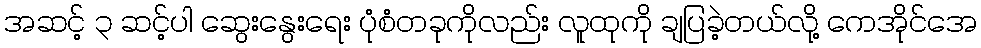
အဆင့် ၃ ဆင့်ပါ ဆွေးနွေးရေး ပုံစံတခုကိုလည်း လူထုကို ချပြခဲ့တယ်လို့ ကေအိုင်အေ